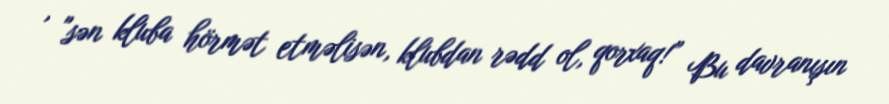
, "sən kluba hörmət etməlisən, klubdan rədd ol, qorxaq!” Bu davranışın